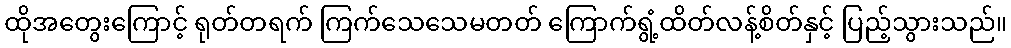
ထိုအတွေးကြောင့် ရုတ်တရက် ကြက်သေသေမတတ် ကြောက်ရွံ့ထိတ်လန့်စိတ်နှင့် ပြည့်သွားသည်။